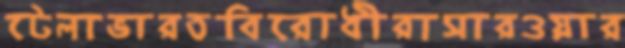
টেলাভারতবিরোধীরাসারওয়ার